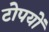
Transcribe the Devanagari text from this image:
टोपयों